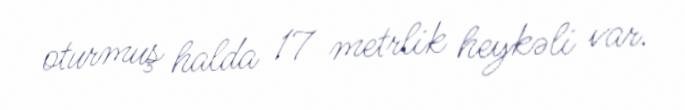
oturmuş halda 17 metrlik heykəli var.